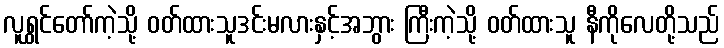
လူရွှင်တော်ကဲ့သို့ ဝတ်ထားသူဒင်းမလားနှင့်အဘွား ကြီးကဲ့သို့ ဝတ်ထားသူ နီကိုလေတို့သည်